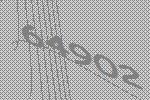
64902